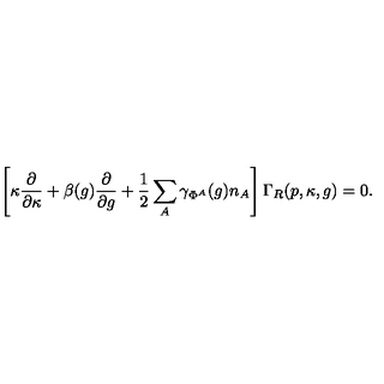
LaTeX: \left[ \kappa \frac { \partial } { \partial \kappa } + \beta ( g ) \frac { \partial } { \partial g } + \frac { 1 } { 2 } \sum _ { A } \gamma _ { \Phi ^ { A } } ( g ) n _ { A } \right] \Gamma _ { R } ( p , \kappa , g ) = 0 .